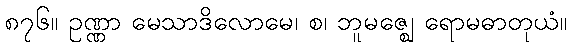
၈၇၆။ ဥဏ္ဏာ မေသာဒိလောမေ၊ စ၊ ဘူမဇ္ဈေ ရောမဓာတုယံ။